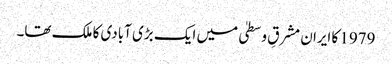
1979 کا ایران مشرقِ وسطیٰ میں ایک بڑی آبادی کا ملک تھا۔